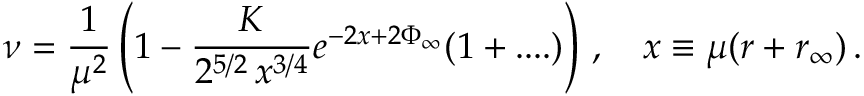
\nu = \frac { 1 } { \mu ^ { 2 } } \left( 1 - \frac { K } { 2 ^ { 5 / 2 } \, x ^ { 3 / 4 } } e ^ { - 2 x + 2 \Phi _ { \infty } } ( 1 + . . . . ) \right) \, , \quad x \equiv \mu ( r + r _ { \infty } ) \, .